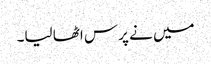
میں نے پرس اٹھا لیا۔